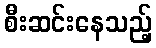
စီးဆင်းနေသည့်